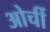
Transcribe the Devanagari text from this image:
ओर्ची